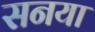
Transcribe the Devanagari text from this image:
सनया